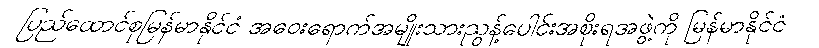
ပြည်ထောင်စုမြန်မာနိုင်ငံ အဝေးရောက်အမျိုးသားညွန့်ပေါင်းအစိုးရအဖွဲ့ကို မြန်မာနိုင်ငံ